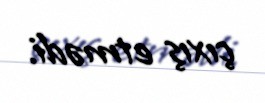
çıxış etmədi.